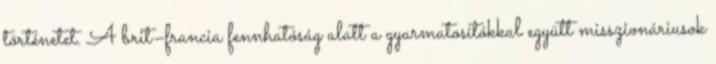
történetet. A brit–francia fennhatóság alatt a gyarmatosítókkal együtt misszionáriusok